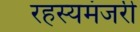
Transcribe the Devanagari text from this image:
रहस्यमंजरी